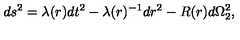
d s ^ { 2 } = \lambda ( r ) d t ^ { 2 } - \lambda ( r ) ^ { - 1 } d r ^ { 2 } - R ( r ) d \Omega _ { 2 } ^ { 2 } ,